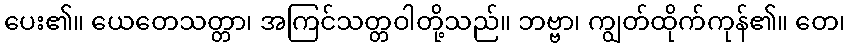
ပေး၏။ ယေတေသတ္တာ၊ အကြင်သတ္တဝါတို့သည်။ ဘဗ္ဗာ၊ ကျွတ်ထိုက်ကုန်၏။ တေ၊